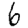
Digit: 6